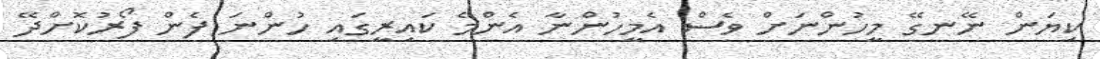
ކިޔަން ނޭނގޭ މީހުންނަށް ވެސް އެމީހުންނާ އެންމެ ކައިރީގައި ހުންނަ ފެން ފޯރުކޮށްދޭ